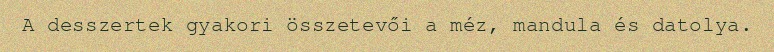
A desszertek gyakori összetevői a méz, mandula és datolya.